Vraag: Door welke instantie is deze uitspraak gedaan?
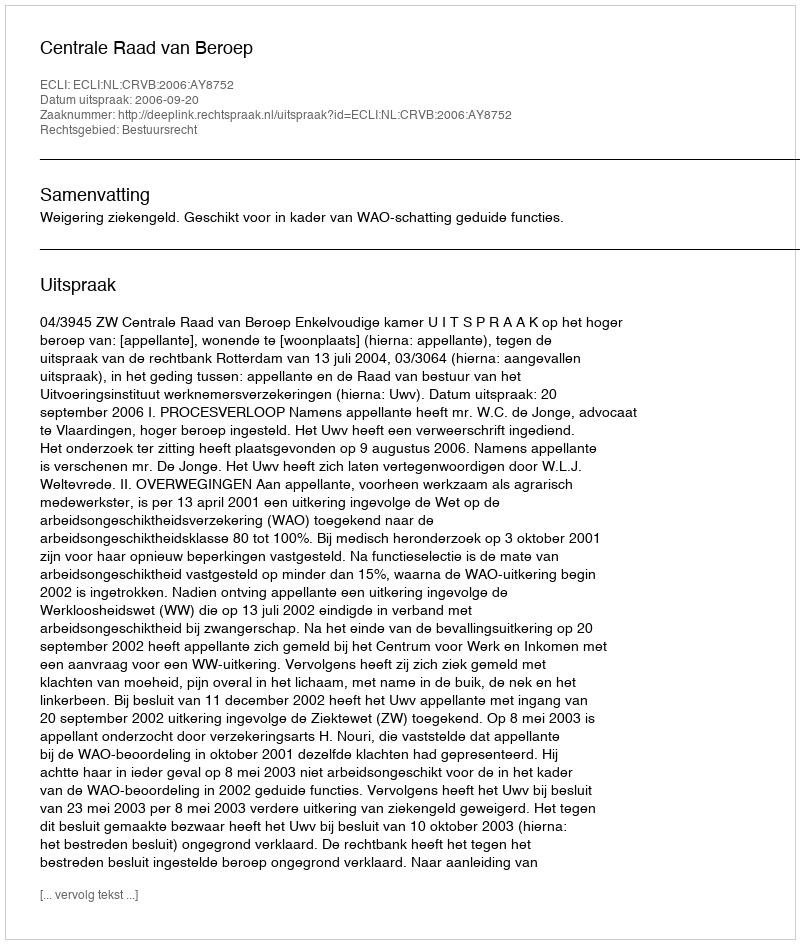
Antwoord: Centrale Raad van Beroep